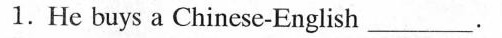
1.He buys a Chinese-English _